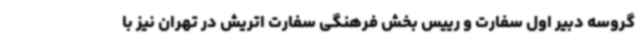
گروسه دبیر اول سفارت و رییس بخش فرهنگی سفارت اتریش در تهران نیز با